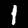
Label: 1